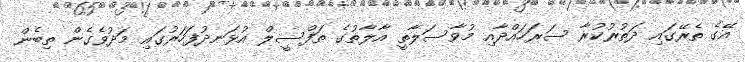
އޭގެ ތެރޭގައި ދަތުރުކުރާ ސަރަހައްދާއި މުވާސަލާތީ އާލާތުގެ ތަފްސީލް އުޅަނދުފަހަރުގައި މަދުވެގެން ތިބެން